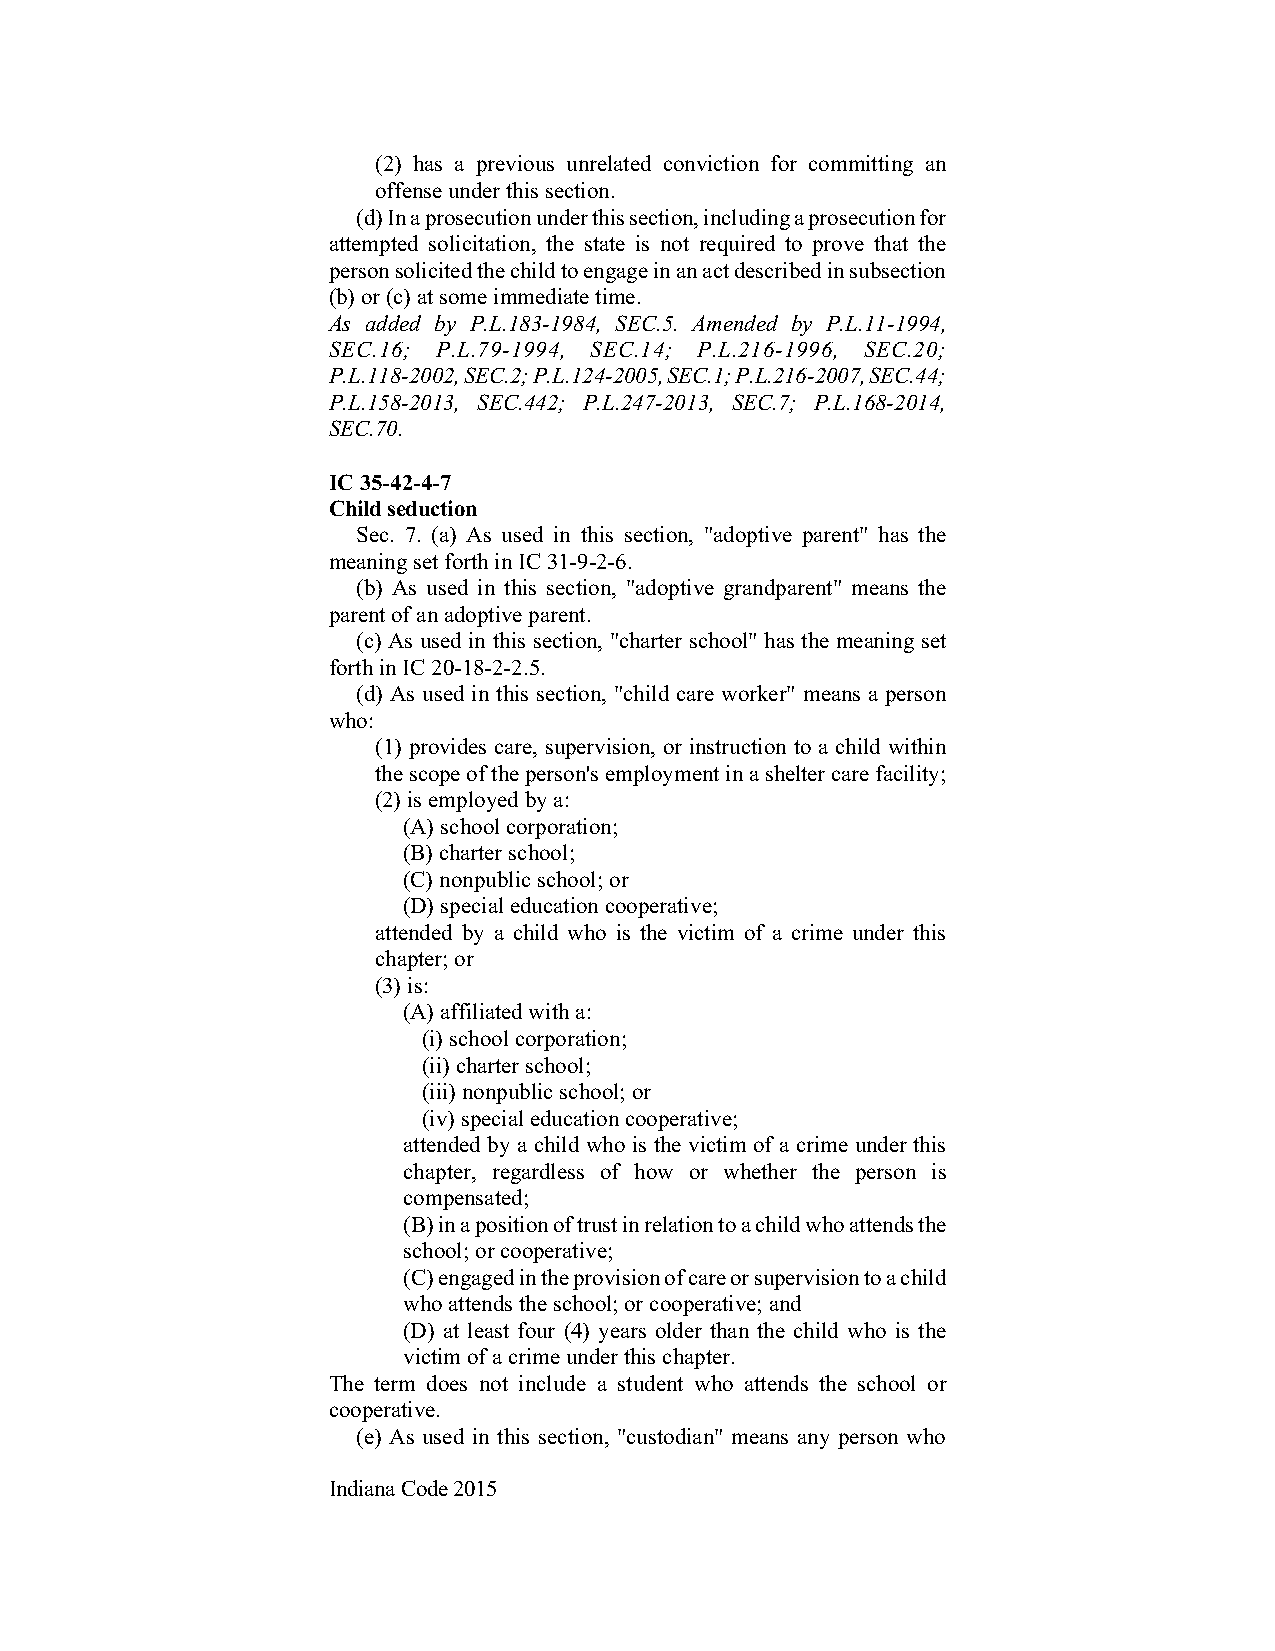
(2) has a previous unrelated conviction for committing an
 offense under this section.
 (d) In a prosecution under this section, including a prosecution for
 attempted solicitation, the state is not required to prove that the
 person solicited the child to engage in an act described in subsection
 (b) or (c) at some immediate time.
 As added by P.L.183-1984, SEC.5. Amended by P.L.11-1994,
 SEC.16; P.L.79-1994, SEC.14; P.L.216-1996, SEC.20;
 P.L.118-2002, SEC.2; P.L.124-2005, SEC.1; P.L.216-2007, SEC.44;
 P.L.158-2013, SEC.442; P.L.247-2013, SEC.7; P.L.168-2014,
 SEC.70.
 IC 35-42-4-7
 Child seduction
 Sec. 7. (a) As used in this section, "adoptive parent" has the
 meaning set forth in IC 31-9-2-6.
 (b) As used in this section, "adoptive grandparent" means the
 parent of an adoptive parent.
 (c) As used in this section, "charter school" has the meaning set
 forth in IC 20-18-2-2.5.
 (d) As used in this section, "child care worker" means a person
 who:
 (1) provides care, supervision, or instruction to a child within
 the scope of the person's employment in a shelter care facility;
 (2) is employed by a:
 (A) school corporation;
 (B) charter school;
 (C) nonpublic school; or
 (D) special education cooperative;
 attended by a child who is the victim of a crime under this
 chapter; or
 (3) is:
 (A) affiliated with a:
 (i) school corporation;
 (ii) charter school;
 (iii) nonpublic school; or
 (iv) special education cooperative;
 attended by a child who is the victim of a crime under this
 chapter, regardless of how or whether the person is
 compensated;
 (B) in a position of trust in relation to a child who attends the
 school; or cooperative;
 (C) engaged in the provision of care or supervision to a child
 who attends the school; or cooperative; and
 (D) at least four (4) years older than the child who is the
 victim of a crime under this chapter.
 The term does not include a student who attends the school or
 cooperative.
 (e) As used in this section, "custodian" means any person who
 Indiana Code 2015